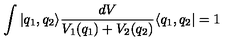
\int | q _ { 1 } , q _ { 2 } \rangle \frac { d V } { V _ { 1 } ( q _ { 1 } ) + V _ { 2 } ( q _ { 2 } ) } \langle q _ { 1 } , q _ { 2 } | = 1